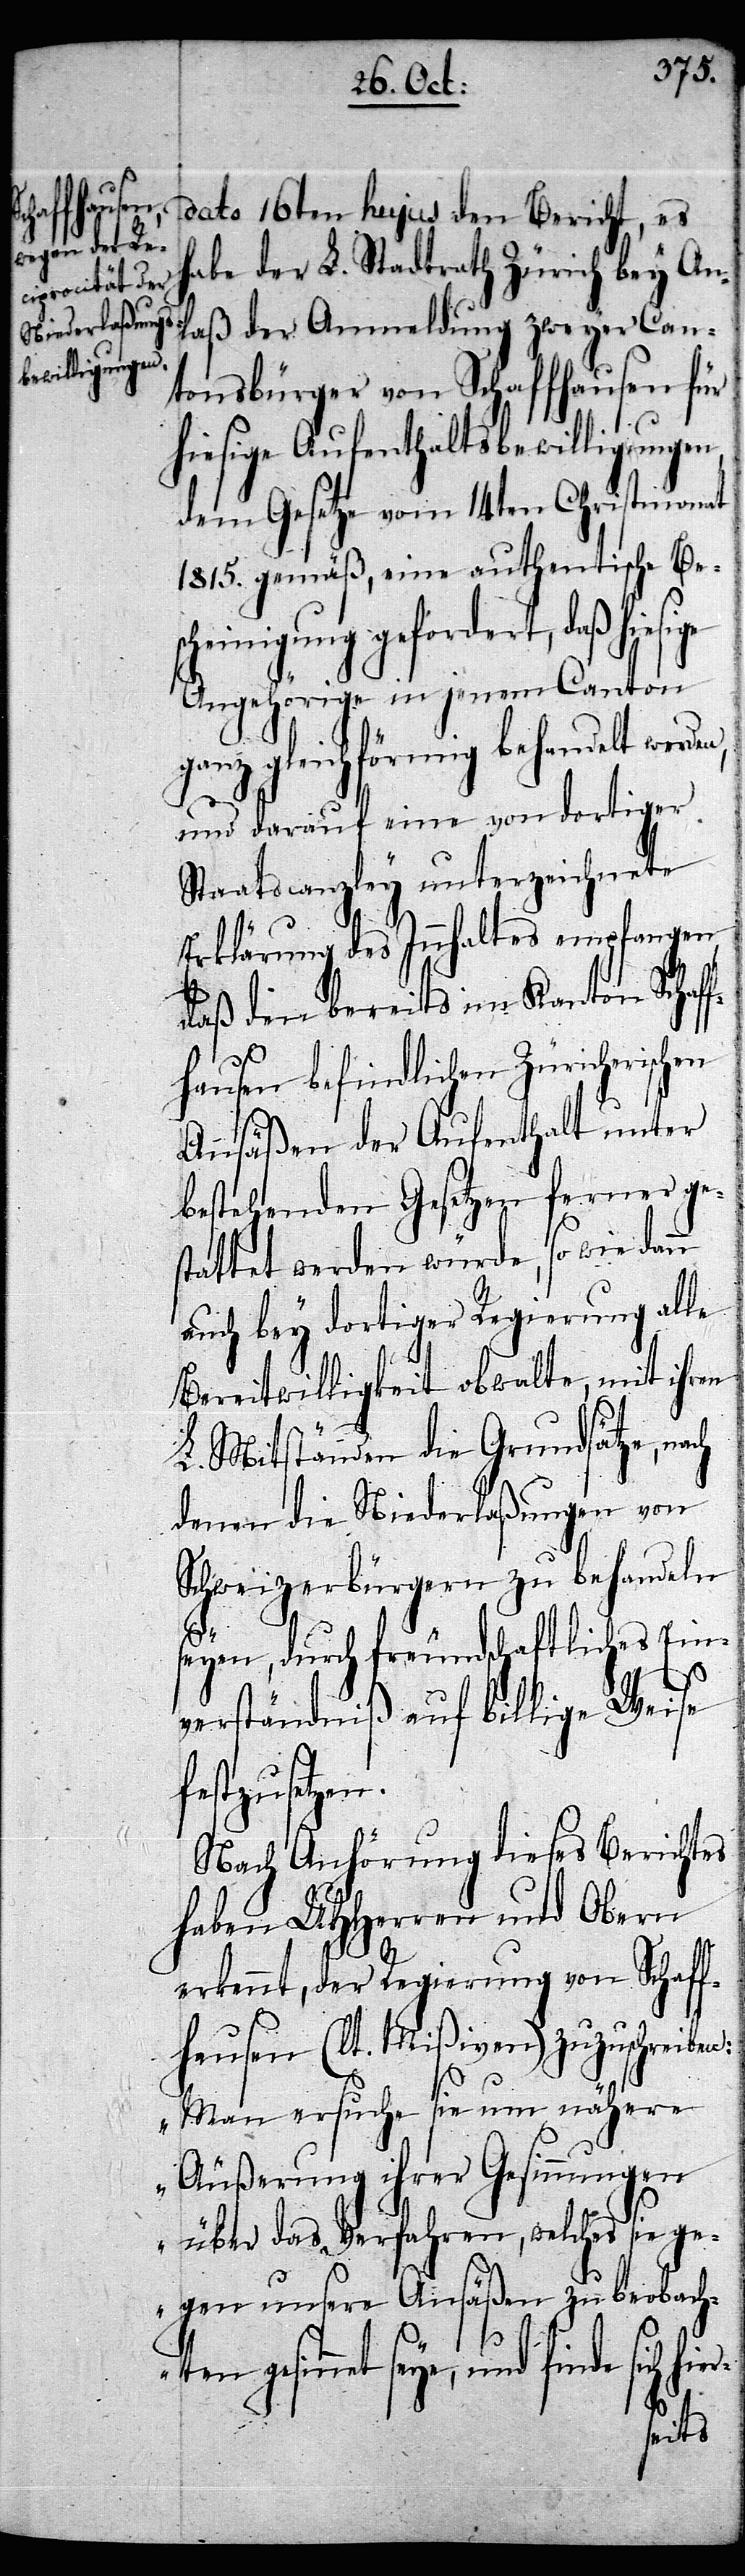
dato 16ten hujus den Bericht, es
habe der L. Stadtrath Zürich bey An¬
laß der Anmeldung zweyer Can¬
tonsbürger von Schaffhausen für
hiesige Aufenthaltsbewilligungen
dem Gesetze vom 14ten Christmonat
1815. gemäß, eine authentische Be¬
scheinigung gefordert, daß hie¬
Angehörige in jenem Canton
ganz gleichförmig behandelt werde¬
und darauf eine von dortiger
Staatscanzley unterzeichnete
Erklärung des Innhaltes empfangen,
daß den bereits im Kanton Schaff¬
hausen befindlichen Züricherischen
Ansäßen der Aufenthalt unter
bestehenden Gesetzen ferner ges¬
tattet werden würde, so wie dann
auch bey dortiger Regierung alle
Bereitwilligkeit obwalte, mit ihren
L. Mitständen die Grundsätze, na¬
denen die Niederlaßungen von
Schweizerbürgern zu behandeln
seyen, durch freundschaftliches Ein¬
ch
verständniß auf billige Weise
festzusetzen.
Nach Anhörung dieses Berichtes
haben UHHerren und Obern
erkennt, der Regierung von Schaff¬
hausen (lt. Mißiven) zuzuschreiben:
„Man ersuche sie um nähere
Äußerung ihrer Gesinnungen
über das Verfahren, welches sie
gegen unsere Ansäßen zu beobacht¬
en gesinnet seye, und finde sich h¬
ier-